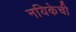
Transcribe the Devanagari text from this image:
नयिकेची